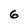
Character: 6